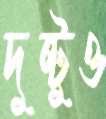
দুষ্টুও